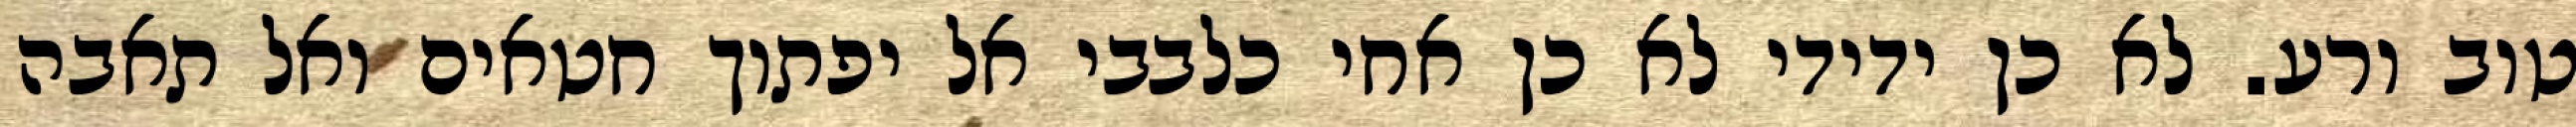
טוב ורע. לא כן ידידי לא כן אחי כלבבי אל יפתוך חטאים ואל תאבה